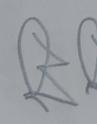
Signature authenticity: forged